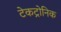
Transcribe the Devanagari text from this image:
टेकट्रोनिक